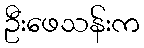
ဦးဖေသန်းက